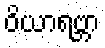
ဝိယာရဗ္ဘာ